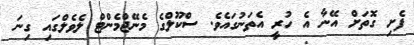
ފެށި ގޮތަށް އޭނާ އެ ހުރީ އެތަނުގައެވެ. ސްކޫލްގެ މެނޭޖްމެންޓް ލެވެލްގައި ގިނަ